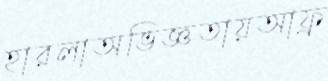
হারলাঅভিজ্ঞতায়আফ্র